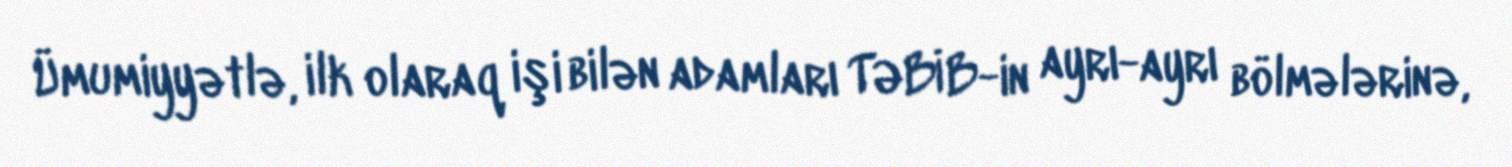
Ümumiyyətlə, ilk olaraq işi bilən adamları TƏBİB-in ayrı-ayrı bölmələrinə,